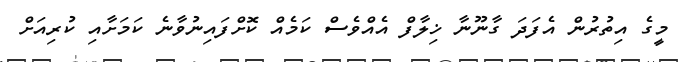
މީގެ އިތުރުން އެފަދަ ގާނޫނާ ޚިލާފް އެއްވެސް ކަމެއް ކޮށްފައިނުވާނެ ކަމަށާއި ކުރިއަށް